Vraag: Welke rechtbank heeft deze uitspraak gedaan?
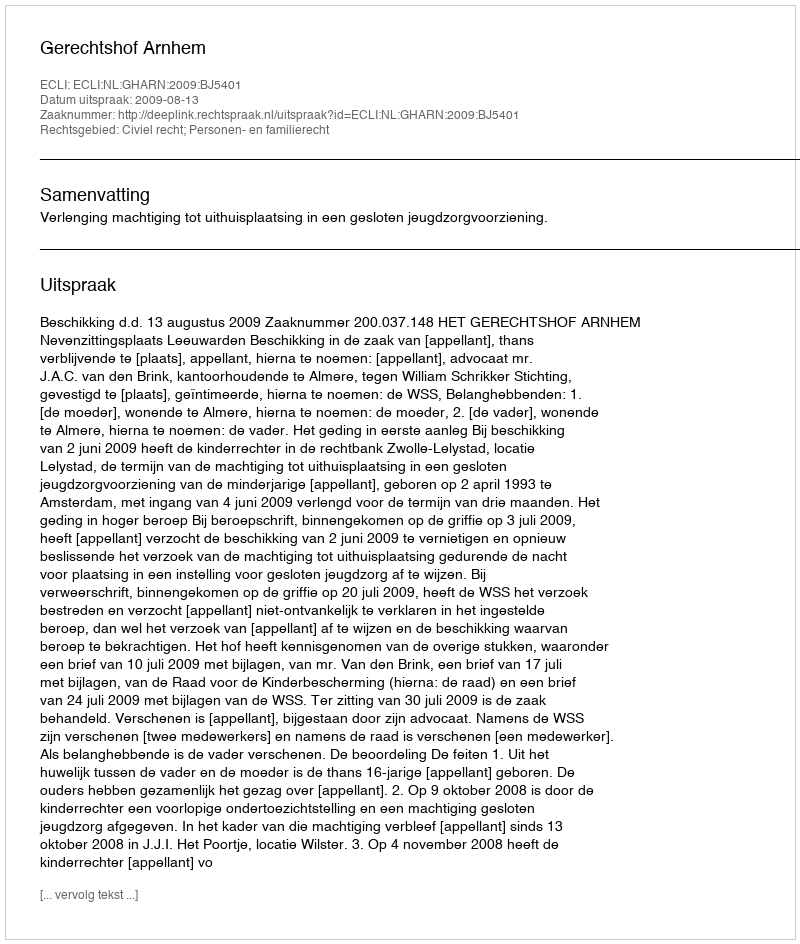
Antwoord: Gerechtshof Arnhem